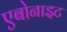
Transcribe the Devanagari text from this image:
एबोनाइट